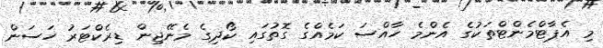
މި އެޕާޓްމެންޓްތަކުގެ އެންމެ ހާއްސަ ކަމެއްގެ ގޮތުގައި ކޯދިގެ މެނޭޖިން ޑިރެކްޓަރު ހަސަން